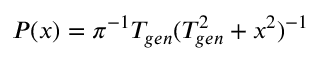
P ( x ) = \pi ^ { - 1 } T _ { g e n } ( T _ { g e n } ^ { 2 } + x ^ { 2 } ) ^ { - 1 }